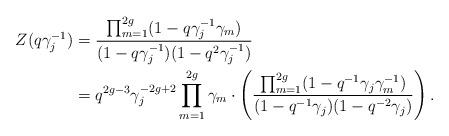
LaTeX: \begin{align*} Z(q\gamma_j^{-1}) &= \frac{\prod_{m = 1}^{2g} (1 - q\gamma_j^{-1}\gamma_m)}{(1 - q\gamma_j^{-1})(1 - q^2\gamma_j^{-1})} \\ &= q^{2g - 3} \gamma_j^{-2g + 2}\prod_{m = 1}^{2g} \gamma_m \cdot \left(\frac{\prod_{m = 1}^{2g} (1 - q^{-1}\gamma_j\gamma_m^{-1})}{(1 - q^{-1}\gamma_j)(1 - q^{-2}\gamma_j)}\right). \end{align*}